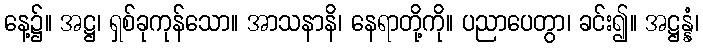
နေ့၌။ အဋ္ဌ၊ ရှစ်ခုကုန်သော။ အာသနာနိ၊ နေရာတို့ကို။ ပညာပေတွာ၊ ခင်း၍။ အဋ္ဌန္နံ၊